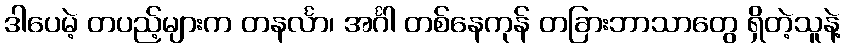
ဒါပေမဲ့ တပည့်များက တနင်္လာ၊ အင်္ဂါ တစ်နေကုန် တခြားဘာသာတွေ ရှိတဲ့သူနဲ့